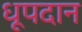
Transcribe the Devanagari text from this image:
धूपदान